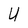
Character: U